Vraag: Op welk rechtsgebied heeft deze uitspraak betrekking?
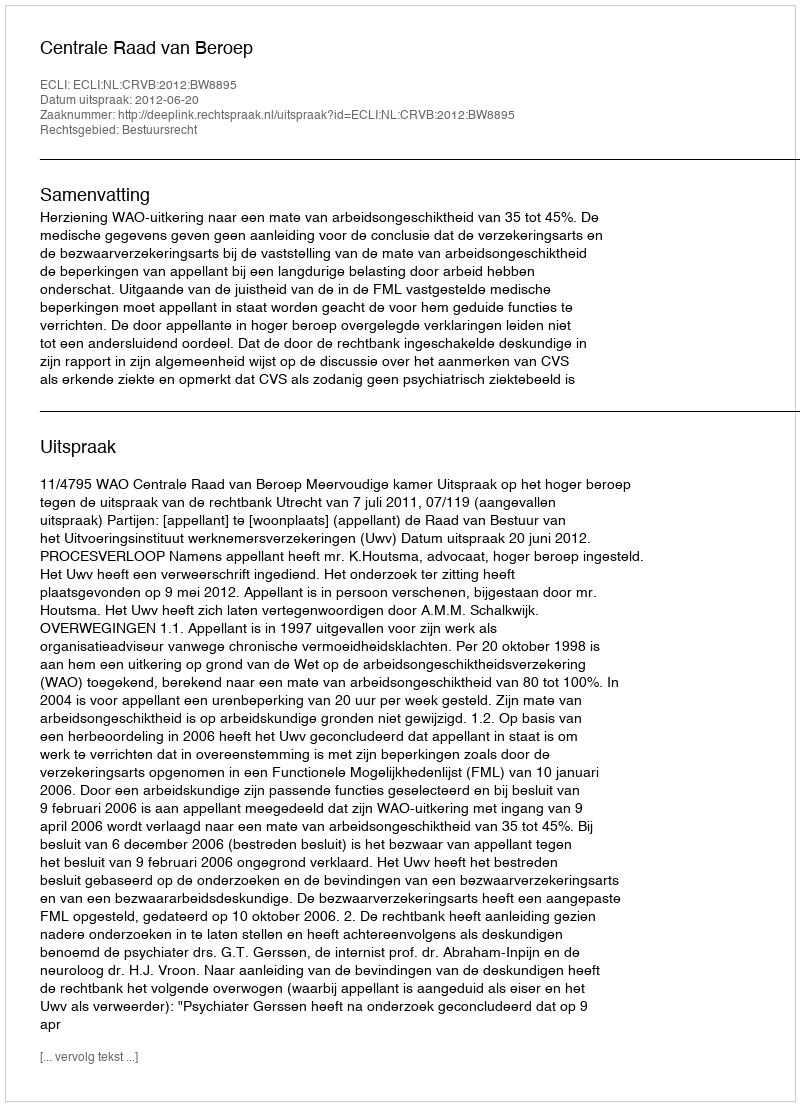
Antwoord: Bestuursrecht